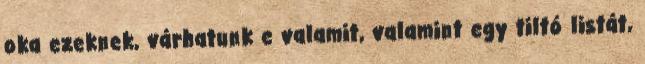
oka ezeknek, várhatunk e valamit, valamint egy tiltó listát,